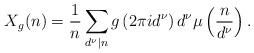
LaTeX: \begin{align*}X_g(n)=\frac{1}{n}\sum_{d^{\nu}|n}g\left(2\pi i d^{\nu}\right)d^{\nu}\mu\left(\frac{n}{d^{\nu}}\right).\end{align*}